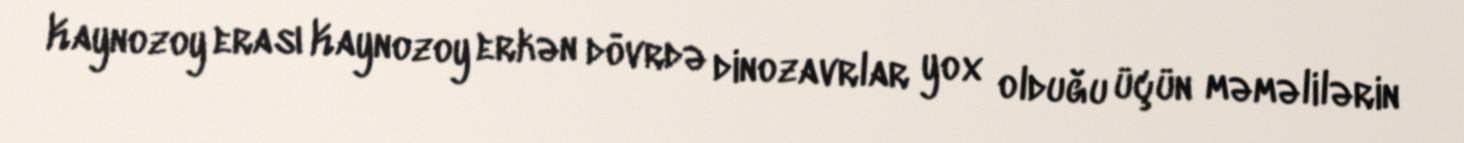
Kaynozoy erası Kaynozoy erkən dövrdə dinozavrlar yox olduğu üçün məməlilərin